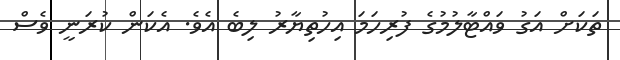
ތަކަށް އަގު ވައްޓާލުމުގެ ފުރިހަމަ އިހުތިޔާރު ލިބެ އެވެ. އެކަން ކުރަނީ ވެސް